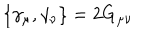
LaTeX: \{ \gamma _ { \mu } , \gamma _ { \nu } \} = 2 G _ { \mu \nu }